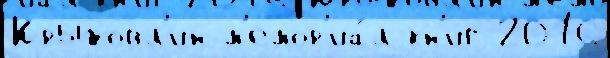
Крыжовл'ин м'емор'иа́л кн'иг 2016